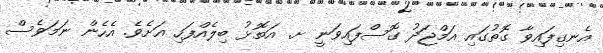
އެނގިފައިވާ ގޮތުގައި އަމްޖަދު ގޮސްފައިވަނީ ށ. އަތޮޅު ބިލެއްފަހި އަށެވެ. އެހެން ނަމަވެސް